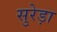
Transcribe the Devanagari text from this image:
सुरेड़ा